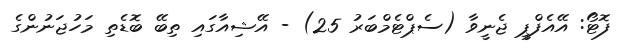
ފޮޓޯ: އޭއެފްޕީ ޖެނީވާ (ސެޕްޓެމްބަރު 25) - އޭޝިއާގައި ތިބޭ ބޮޑެތި މަހުޖަނުންގެ